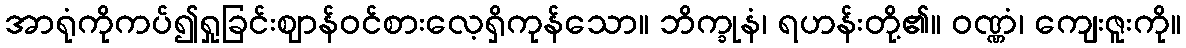
အာရုံကိုကပ်၍ရှုခြင်းဈာန်ဝင်စားလေ့ရှိကုန်သော။ ဘိက္ခုနံ၊ ရဟန်းတို့၏။ ဝဏ္ဏံ၊ ကျေးဇူးကို။